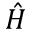
\hat { H }